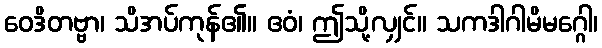
ဝေဒိတဗ္ဗာ၊ သိအပ်ကုန်၏။ ဧဝံ၊ ဤသို့လျှင်။ သကဒါဂါမိမဂ္ဂေါ၊